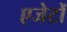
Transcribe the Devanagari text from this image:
एजेटों